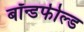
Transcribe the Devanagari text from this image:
बॉन्डफील्ड